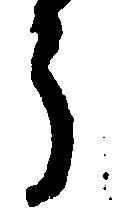
う